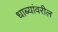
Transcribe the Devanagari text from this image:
धाब्यांवरील